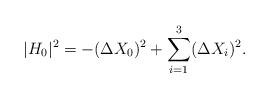
LaTeX: \begin{align*}|H_0|^2=-(\Delta X_0)^2+ \sum_{i=1}^3 (\Delta X_i)^2 .\end{align*}